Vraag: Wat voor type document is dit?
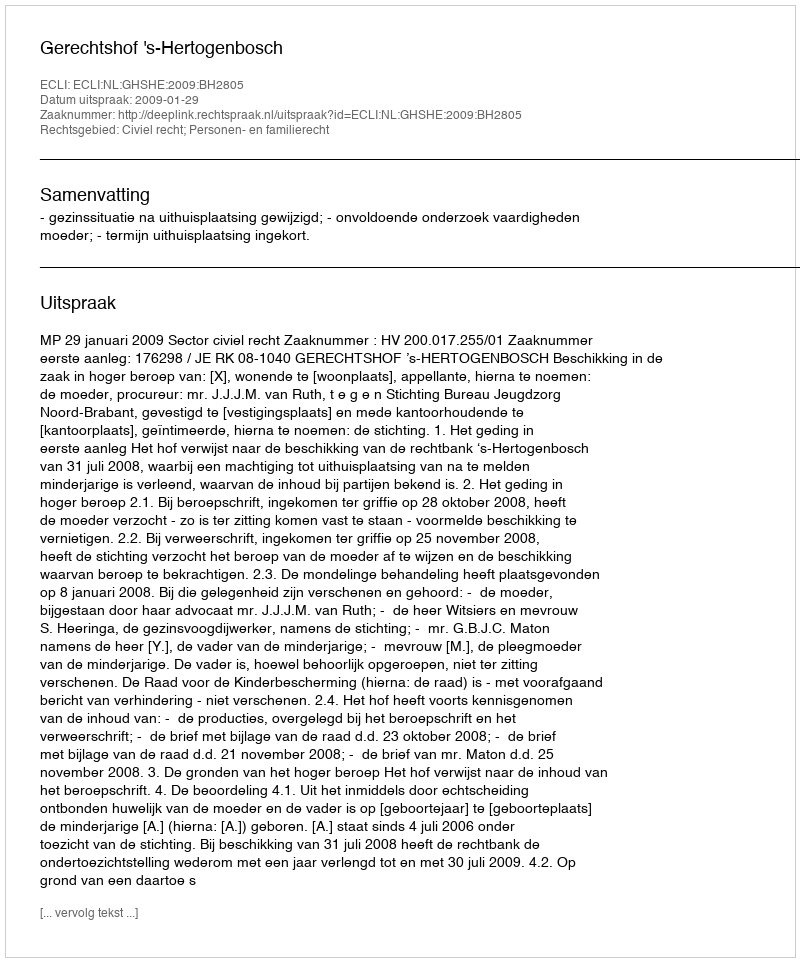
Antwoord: Uitspraak